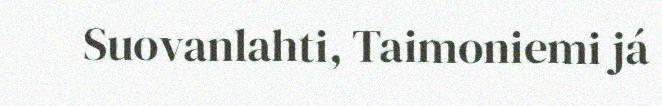
Suovanlahti, Taimoniemi já